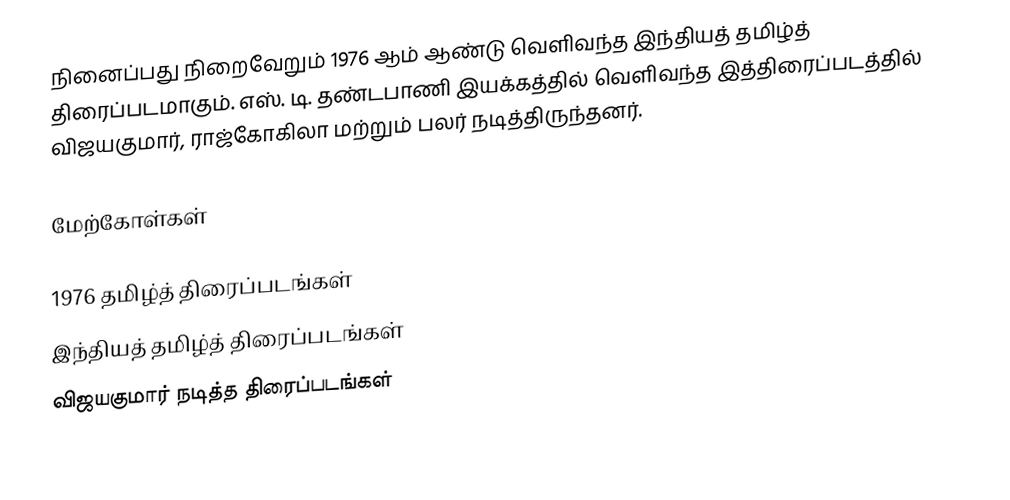
நினைப்பது நிறைவேறும் 1976 ஆம் ஆண்டு வெளிவந்த இந்தியத் தமிழ்த் திரைப்படமாகும். எஸ். டி. தண்டபாணி இயக்கத்தில் வெளிவந்த இத்திரைப்படத்தில் விஜயகுமார்,  ராஜ்கோகிலா மற்றும் பலர் நடித்திருந்தனர்.

மேற்கோள்கள்

1976 தமிழ்த் திரைப்படங்கள்
இந்தியத் தமிழ்த் திரைப்படங்கள்
விஜயகுமார் நடித்த திரைப்படங்கள்